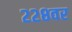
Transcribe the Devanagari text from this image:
२२८वर